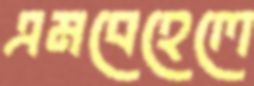
এমবেহেলে